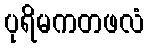
ပုရိမကတဖလံ